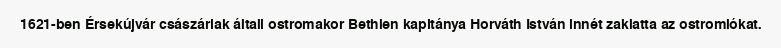
1621-ben Érsekújvár császáriak általi ostromakor Bethlen kapitánya Horváth István innét zaklatta az ostromlókat.